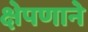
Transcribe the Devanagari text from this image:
क्षेपणाने